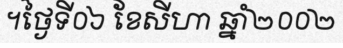
។ថ្ងៃទី០៦ ខែសីហា ឆ្នាំ២០០២